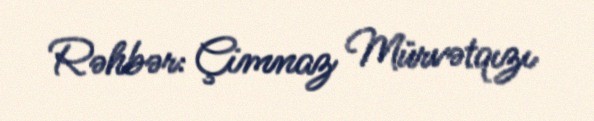
Rəhbər: Çimnaz Mürvətqızı